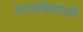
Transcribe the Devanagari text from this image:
तत्ववेत्त्याने